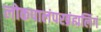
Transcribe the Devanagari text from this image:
लोकपालंपरब्रंह्मलिंगं